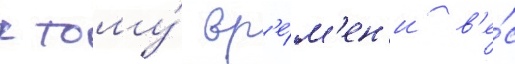
к тому́ вр'е́м'ен'и в'е́с